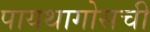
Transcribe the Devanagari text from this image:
पायथागोसची